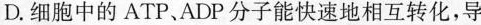
D.细胞中的ATP、ADP分子能快速地相互转化，导